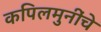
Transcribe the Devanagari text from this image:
कपिलमुनींचे